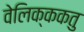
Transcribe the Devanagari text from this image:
वेलिक्ककतु